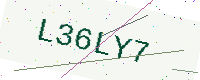
Text: L36LY7